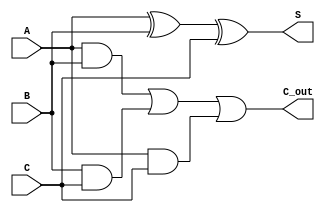
module carry_save_adder (
    input [31:0] A,  // First operand
    input [31:0] B,  // Second operand
    input [31:0] C,  // Third operand
    output [31:0] S, // Sum output
    output [31:0] C_out // Carry output
);
    assign S = A ^ B ^ C; // Sum calculation
    assign C_out = (A & B) | (B & C) | (A & C); // Carry calculation
endmodule